画像に写った文字を読んでください
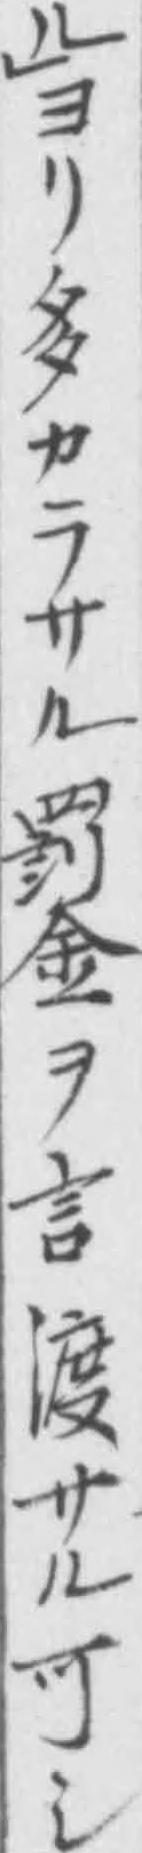
「ル」ヨリ多カラサル罰金ヲ言渡サル可シ」と書いてあります